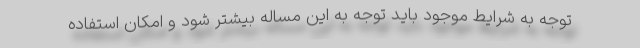
توجه به شرایط موجود باید توجه به این مساله بیشتر شود و امکان استفاده